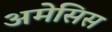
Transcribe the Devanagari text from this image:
अमेसिस